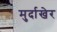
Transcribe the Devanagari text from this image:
मुर्दाखेर